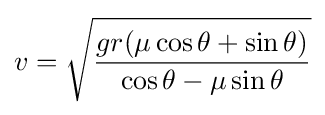
v={\sqrt {\frac {gr(\mu \cos \theta +\sin \theta )}{\cos \theta -\mu \sin \theta }}}